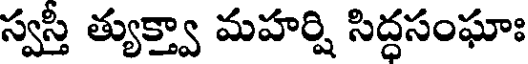
స్వస్తి త్యుక్త్వా మహర్షి సిద్ధసంఘాః